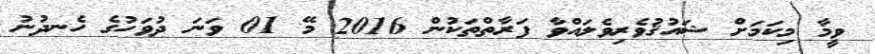
ވީމާ މިކަމަށް ޝައުޤުވެރިވެލައްވާ ފަރާތްތަކުން 2016 މޭ 01 ވަނަ ދުވަހުގެ ހެނދުނު